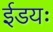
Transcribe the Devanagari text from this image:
ईडयः